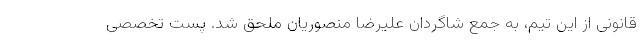
قانونی از این تیم، به جمع شاگردان علیرضا منصوریان ملحق شد. پست تخصصی